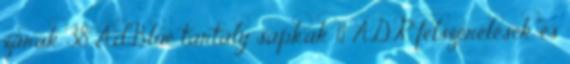
zárak 38 AdBlue tartály sapkák 11 ADR felszerelések és